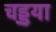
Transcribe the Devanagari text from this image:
चड्ड़्या